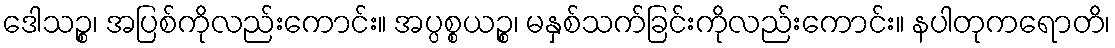
ဒေါသဉ္စ၊ အပြစ်ကိုလည်းကောင်း။ အပ္ပစ္စယဉ္စ၊ မနှစ်သက်ခြင်းကိုလည်းကောင်း။ နပါတုကရောတိ၊